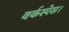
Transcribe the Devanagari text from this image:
वर्कस्पेस।